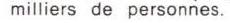
milliers de personnes.